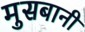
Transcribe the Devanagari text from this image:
मुसबानी